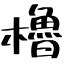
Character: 櫓